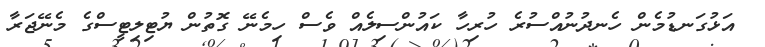
އަޅުގަނޑުމެން ހެނދުނުއްސުރެ ހުރިހާ ކައުންސިލެއް ވެސް ހިމެނޭ ގޮތުން ޔުޓިލިޓީސްގެ މެނޭޖަރާ